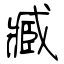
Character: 臧